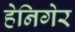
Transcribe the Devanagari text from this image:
हेनिगेर